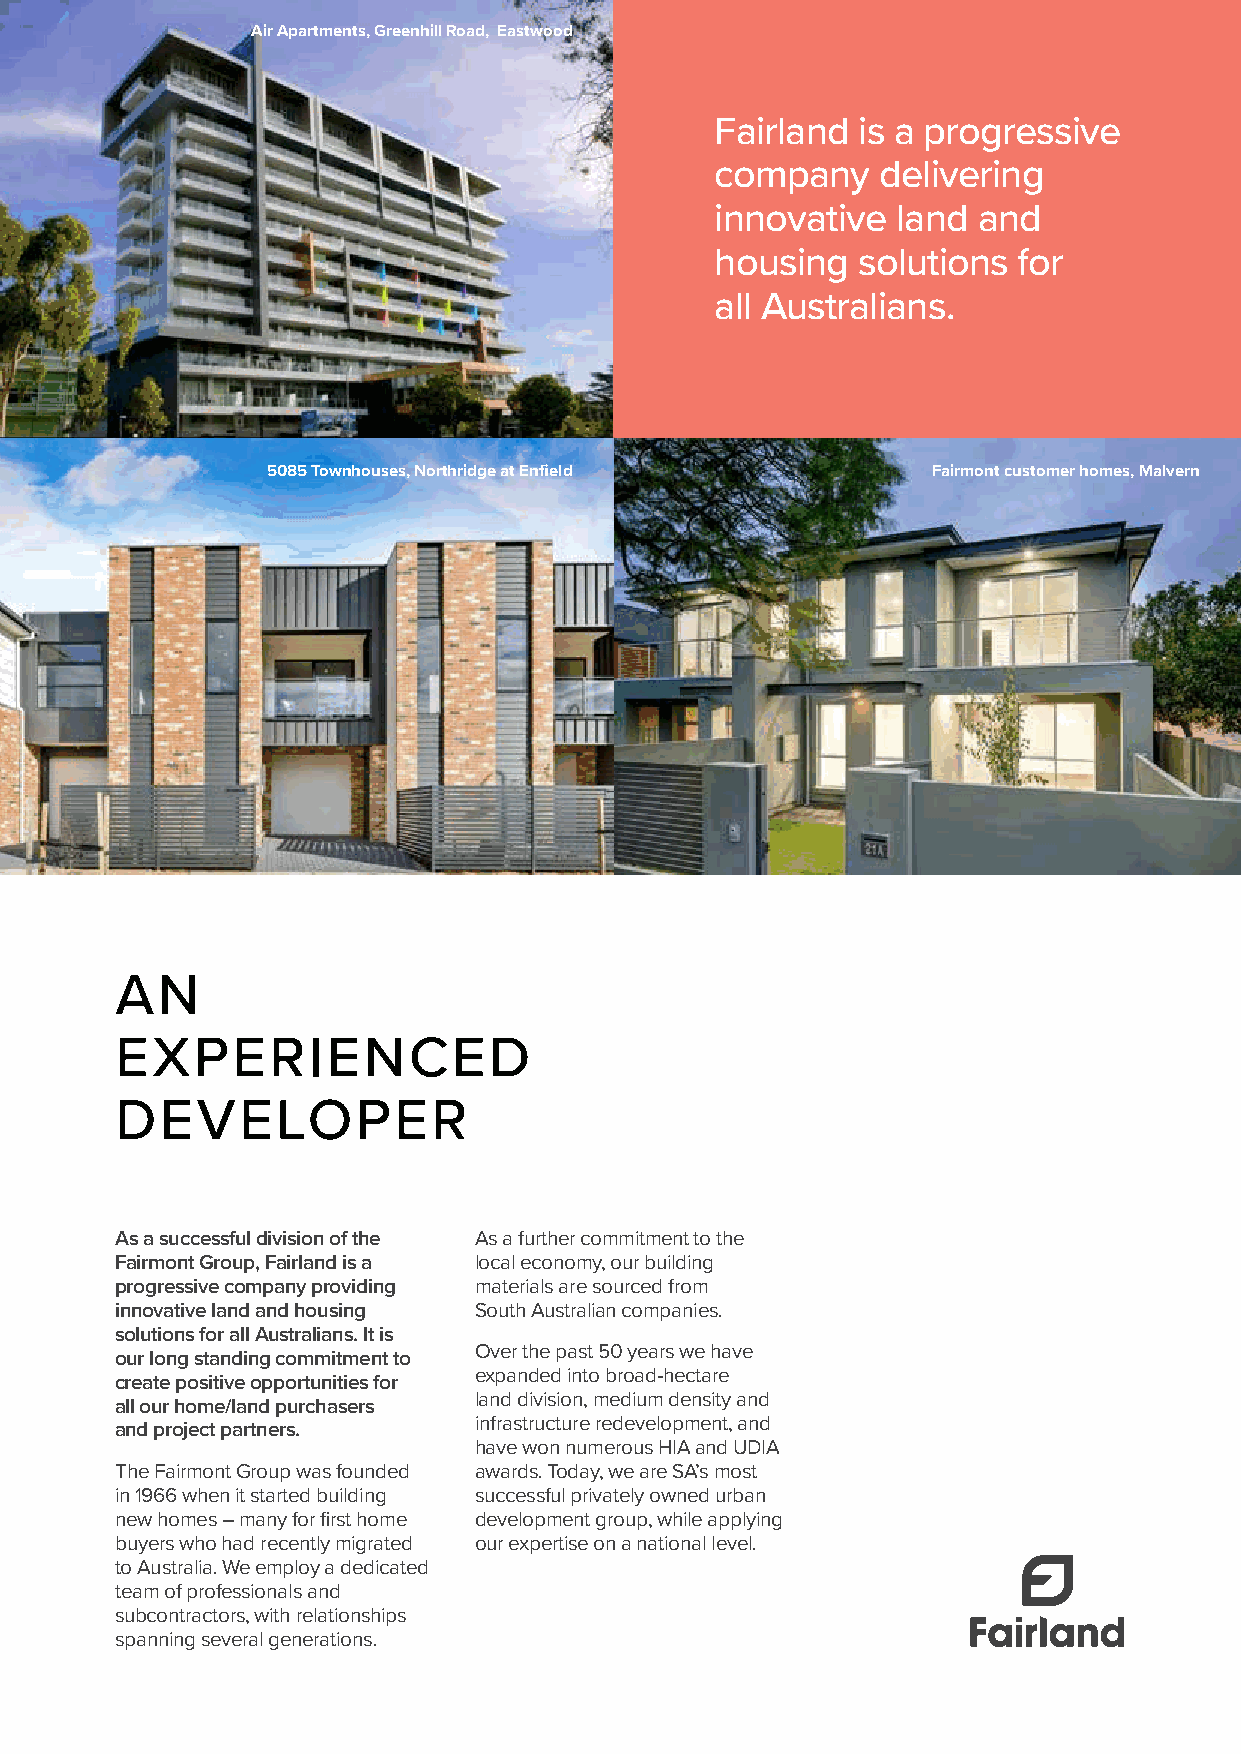
Air Apartments, Greenhill Road, Eastwood
 Fairland  is a progressive
 company    delivering
 innovative  land  and
 housing   solutions for
 all Australians.
 5085 Townhouses, Northridge at Enfield      Fairmont customer homes, Malvern
 AN
 EXPERIENCED
 DEVELOPER
 As a successful division of the As a further commitment to the
 Fairmont Group, Fairland is a local economy, our building
 progressive company providing materials are sourced from
 innovative land and housing South Australian companies.
 solutions for all Australians. It is
 Over the past 50 years we have
 our long standing commitment to
 expanded into broad-hectare
 create positive opportunities for
 land division, medium density and
 all our home/land purchasers
 infrastructure redevelopment, and
 and project partners.
 have won numerous HIA and UDIA
 The Fairmont Group was founded awards. Today, we are SA’s most
 in 1966 when it started building successful privately owned urban
 new homes – many for first home development group, while applying
 buyers who had recently migrated our expertise on a national level.
 to Australia. We employ a dedicated
 team of professionals and
 subcontractors, with relationships
 spanning several generations.